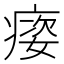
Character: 㾳